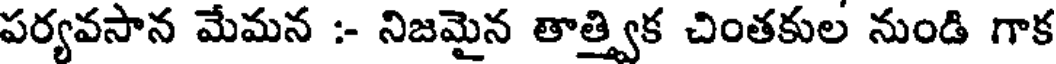
పర్యవసాన మేమన :- నిజమైన తాత్త్విక చింతకుల నుండి గాక